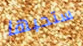
ستحبها